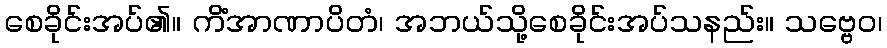
စေခိုင်းအပ်၏။ ကိံအာဏာပိတံ၊ အဘယ်သို့စေခိုင်းအပ်သနည်း။ သဗ္ဗေဝ၊